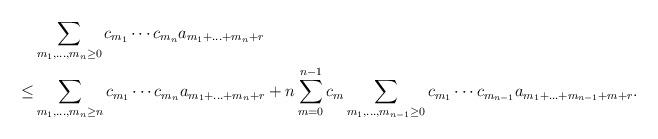
LaTeX: \begin{align*}&\sum_{m_1,\ldots,m_n \geq 0 } c_{m_1}\cdots c_{m_n} a_{m_1+\ldots+m_n+r} \\\leq & \sum_{m_1,\ldots, m_n \geq n} c_{m_1}\cdots c_{m_n} a_{m_1+\ldots+m_n+r} + n\sum_{m=0}^{n-1} c_m \sum_{m_1,\ldots,m_{n-1} \geq 0} c_{m_1}\cdots c_{m_{n-1}} a_{m_1+\ldots+m_{n-1}+m+r}. \end{align*}